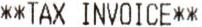
**TAX INVOICE**